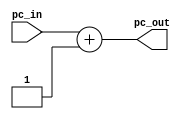
// Course: CSE 401- Computer Architecture
// Term: Winter 2020
// Name: Erika Gutierrez
// ID: 005318270

`timescale 1ns / 1ps

module add(
    input wire [31:0] pc_in,
    output wire [31:0] pc_out
    );

assign pc_out = pc_in + 1;

endmodule   //add